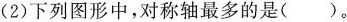
(2)下列图形中，对称轴最多的是()。